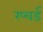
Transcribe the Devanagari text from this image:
रप्चर्ड